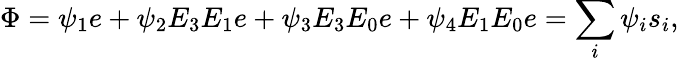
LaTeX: \Phi=\psi_{1}e+\psi_{2}E_{3}E_{1}e+\psi_{3}E_{3}E_{0}e+\psi_{4}E_{1}E_{0}e=\sum_{i}\psi_{i}s_{i},